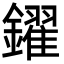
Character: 鑃